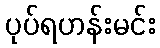
ပုပ်ရဟန်းမင်း